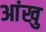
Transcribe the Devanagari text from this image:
आंखु